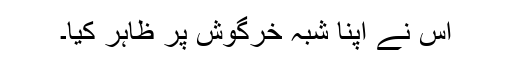
اس نے اپنا شبہ خرگوش پر ظاہر کیا۔